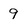
Character: 9